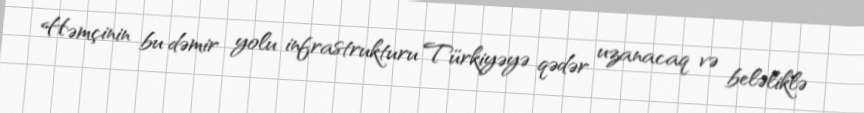
Həmçinin bu dəmir yolu infrastrukturu Türkiyəyə qədər uzanacaq və beləliklə